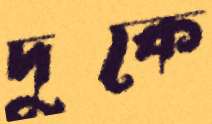
দুকে